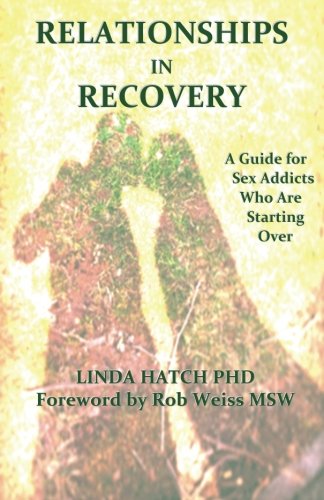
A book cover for Relationships in Recovery: A Guide for Sex Addicts Who Are Starting Over; Linda Hatch PhD; Health, Fitness & Dieting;